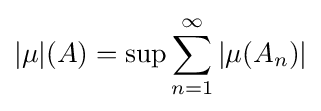
|\mu |(A)=\sup \sum _{n=1}^{\infty }|\mu (A_{n})|